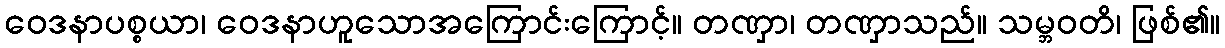
ဝေဒနာပစ္စယာ၊ ဝေဒနာဟူသောအကြောင်းကြောင့်။ တဏှာ၊ တဏှာသည်။ သမ္ဘဝတိ၊ ဖြစ်၏။